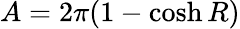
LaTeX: A=2\pi(1-\cosh R)